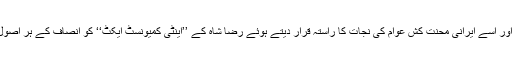
انھوں نے مارکسزم ،لینن ازم کا دفاع اور اسے ایرانی محنت کش عوام کی نجات کا راستہ قرار دیتے ہوئے رضا شاہ کے ’’اینٹی کمیونسٹ ایکٹ‘‘ کو انصاف کے ہر اصول کی نفی اور غیر آئینی اقدام قرار دیا ۔